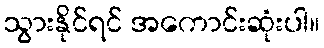
သွားနိုင်ရင် အကောင်းဆုံးပါ။